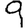
Digit: 9